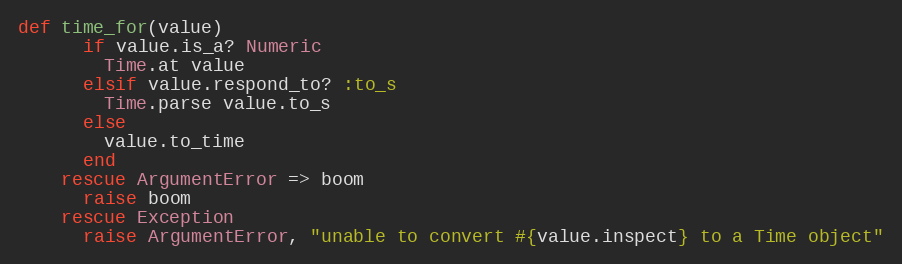
Language: Ruby
def time_for(value)
      if value.is_a? Numeric
        Time.at value
      elsif value.respond_to? :to_s
        Time.parse value.to_s
      else
        value.to_time
      end
    rescue ArgumentError => boom
      raise boom
    rescue Exception
      raise ArgumentError, "unable to convert #{value.inspect} to a Time object"